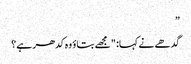
”
گدھے نے کہا: "مجھے بتاؤ وہ کدھر ہے؟